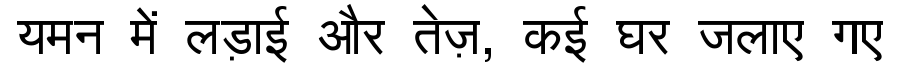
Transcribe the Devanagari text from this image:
यमन में लड़ाई और तेज़, कई घर जलाए गए